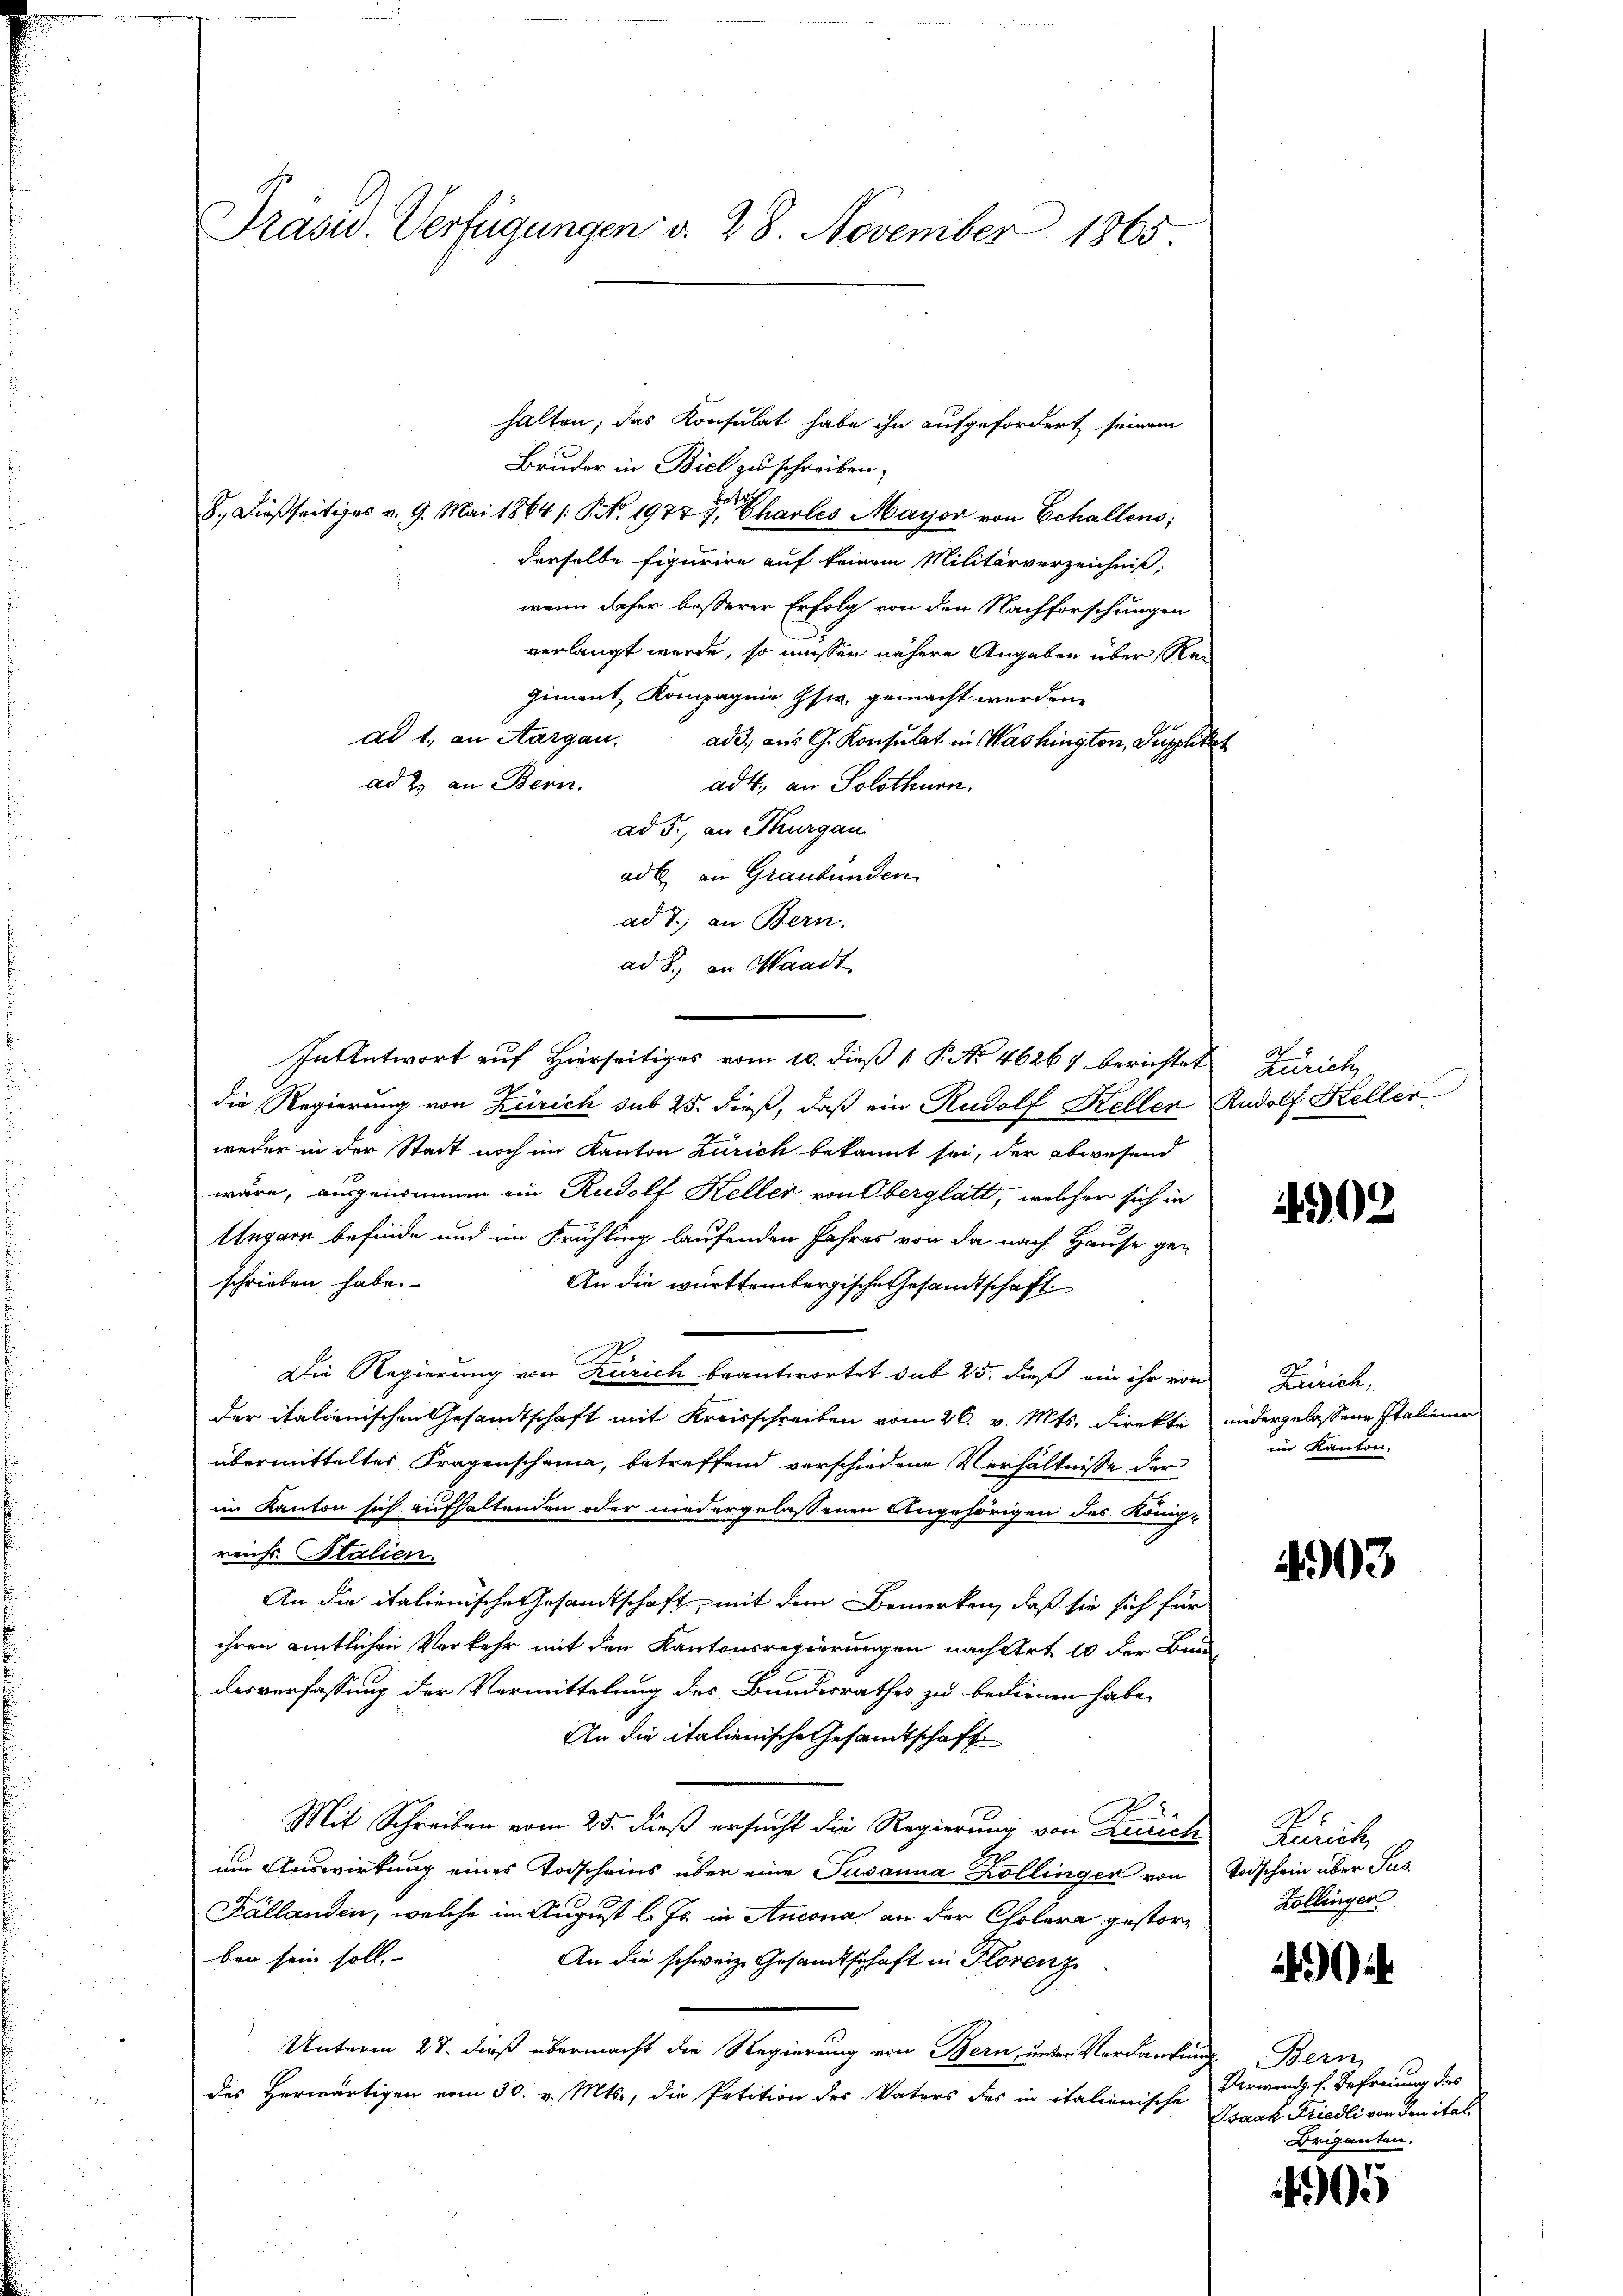
Präsid. Verfügungen d. 28. November 1865

halten; das Konsulat habe ihn aufgefordert seinem
Bruder in Biel zu schreiben.
8. Dießseitiges v. 9. Mai 1864 /: P. Nr. 1977 hartes Mayor von Schallens,
derselbe Figurire auf keinem Militärverzeichniß,
wenn daher besserer Erfolg von den Nachforschungen
verlangt werde, so müssen nähere Angaben über Regiment, Kompagnie, Gsw. gemacht werden.
ad 1., an Aargau.
ad, aus G. Konsulat in Washington, Supplir
ad 2. an Bern.
adt, an Solothurn.
ad 5., an Thurgau
adl an Graubünden
ad T. an Bern.
ad 2., in Waadt
die Regierung von Zürich sub 25. dieß, daß ein Rudolf Keller
weder in der Stadt noch im Kanton Zürich bekannt sei, der abwesend
wäre, ausgenommen ein Rudolf Keller von Oberglatt, welcher sich in
Ungarn befinde und im Frühling laufenden Jahres von da nach Hause ge-
schrieben habe.
An die württembergische Gesandtschaft
Die Regierung von Zürich beantwortet sub 25. dieß ein ihr von
der italienischen Gesandtschaft mit Kreisschreiben vom 26. v. Mts. direkti
übermitteltes Fragenschama, betreffend vorschiedene Verhältnisse der
im Kanton sich aufhaltenden oder niedergelassenen Angehörigen des König-
reichs. Stalien.
An die italienische Gesandtschaft, mit dem Bemerken, daß sie sich für
ihren amtlichen Verkehr mit den Kantonsregierungen nach Art 10 der Bin
desverfassung der Vermittelung des Bundesrathes zu bedienen habe.
An die italienische Gesandtschaft
Mit Schreiben vom 25. dieß ersucht die Regierung von Zürich
um Auswirkung eines Todscheins über eine Susanna Kollingen von
Kállanden, welche im August l. Js. in Ancona an der Cholera gestorben sein soll.
An die schweiz. Gesandtschaft in Florenz
Unterm 27. dieß übermacht die Regierung von Bern, unter Verdankung Bern
des Herwärtigen vom 30. v. Mts., die Petition des Vaters des in italienische Verwend. s. Befreuung des

In Antwort auf Hierseitiges vom 10. dieß P. No. 46267 berichtet Zürich,

Rudolf Heller

4902

Zürich,
niedergelassene Italienen
im Kanton.

403

Zürich,
Todschein über Jus
Zollinger

4

Isaak Friedli von den ital,
Beiganten.

405